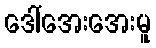
ဒေါ်အေးအေးမူ